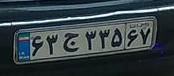
۶۳ج۳۳۵۶۷